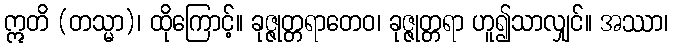
ဣတိ (တသ္မာ)၊ ထိုကြောင့်။ ခုဇ္ဇုတ္တရာတေဝ၊ ခုဇ္ဇုတ္တရာ ဟူ၍သာလျှင်။ အဿာ၊